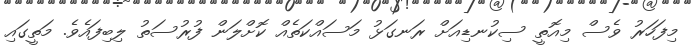
މިފަހަރު ވެސް މިއޮތީ ސިކުނޑިއަށް ރަނގަޅު މަސައްކަތެއް ކޮށްލަން ފުރުސަތު ލިބިފައެވެ. މަތީގައި